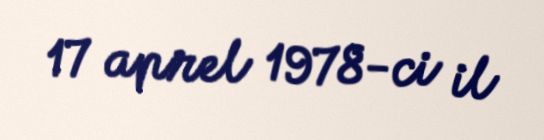
17 aprel 1978-ci il